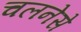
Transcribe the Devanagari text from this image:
चलनेसे